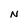
Character: N